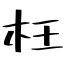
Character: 枉